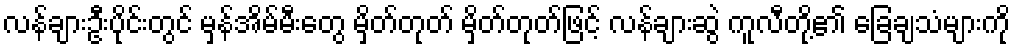
လန်ချားဦးပိုင်းတွင် မှန်အိမ်မီးတွေ မှိတ်တုတ် မှိတ်တုတ်ဖြင့် လန်ချားဆွဲ ကူလီတို့၏ ခြေချသံများကို